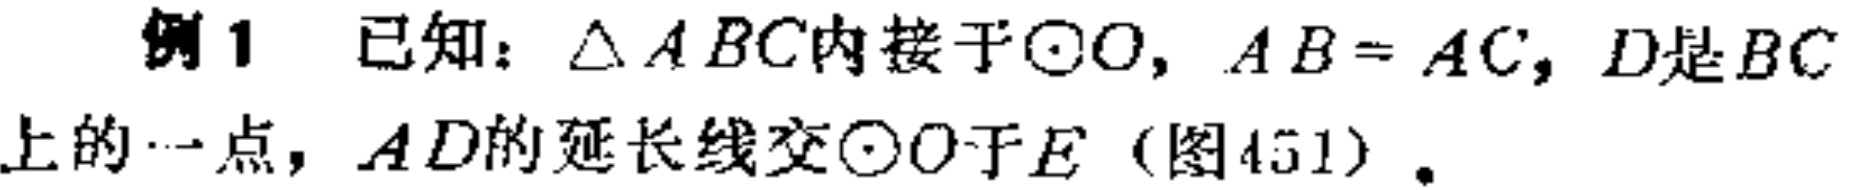
例1 已知：$\triangle ABC$内接于$\odot O$，$AB = AC$，$D$是$BC$上的一点，$AD$的延长线交$\odot O$于$E$（图451）。